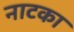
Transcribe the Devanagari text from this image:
नाटका